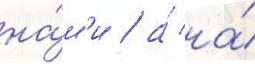
на́м'и / а́ на́